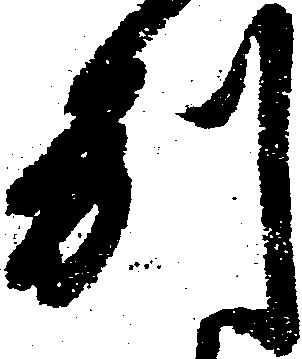
別